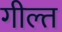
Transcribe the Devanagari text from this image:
गील्त